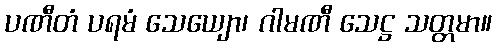
ပဏီတံ ပရမံ သေယျော၊ ဂါမဏီ သေဋ္ဌ သတ္တမာ။